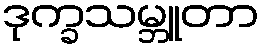
ဒုက္ခသမ္ဘူတာ